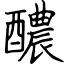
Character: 醲